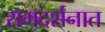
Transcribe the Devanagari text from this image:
रामदर्शनात